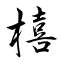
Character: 橲